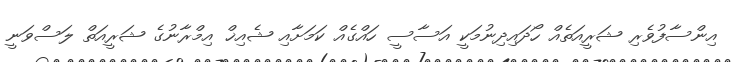
އިންސާފުވެރި ޝަރީއަތެއް ހޯދައިދިނުމަކީ އަސާސީ ހައްގެއް ކަމަށާއި ޝެއިޚް އިމްރާނުގެ ޝަރީއަތް ލަސްވަނީ